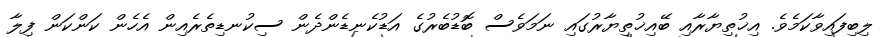
ލިބިފައިވާކަމެވެ. އިޚުތިޔާރާއި ބޭއިޚުތިޔާރުގައި ނަމަވެސް ބޮޑުބެރުގެ އަޑުކެނޑެންދެން ސިކުނޑިތެރެއިން އެހެން ކަންކަން ފިލާ